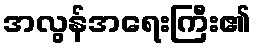
အလွန်အရေးကြီး၏